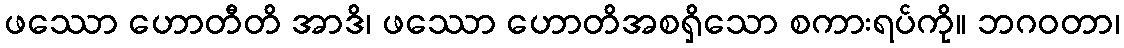
ဖဿော ဟောတီတိ အာဒိ၊ ဖဿော ဟောတိအစရှိသော စကားရပ်ကို။ ဘဂဝတာ၊